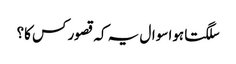
سلگتا ہوا سوال یہ کہ قصور کس کا؟